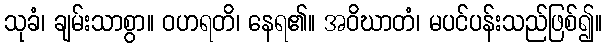
သုခံ၊ ချမ်းသာစွာ။ ဝဟရတိ၊ နေရ၏။ အဝိဃာတံ၊ မပင်ပန်းသည်ဖြစ်၍။